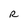
Character: R